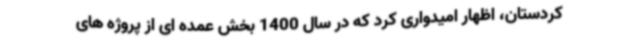
کردستان، اظهار امیدواری کرد که در سال 1400 بخش عمده ای از پروژه های